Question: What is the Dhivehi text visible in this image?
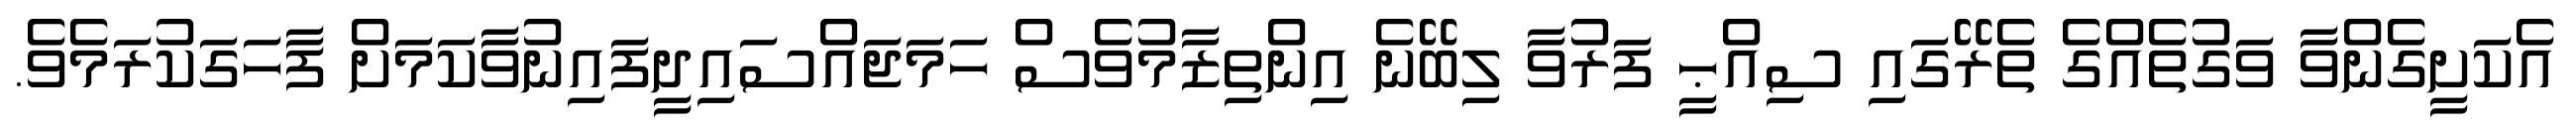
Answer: އެކަށީގެންވާ ވަގުތެއްގެ ތެރޭގައި ސިއްޙީ ފަރުވާ ލިބޭނެ އިންތިޒާމުވެސް ހަމަޖައްސައިދީފައިނުވާކަމަށް ފާހަގަކުރަމެވެ.